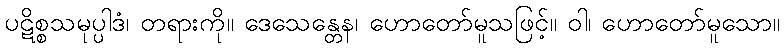
ပဋိစ္စသမုပ္ပါဒံ၊ တရားကို။ ဒေသေန္တေန၊ ဟောတော်မူသဖြင့်။ ဝါ၊ ဟောတော်မူသော။